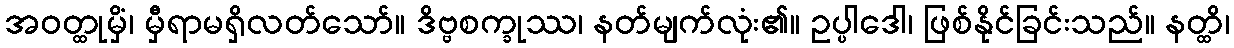
အဝတ္ထုမှိံ၊ မှီရာမရှိလတ်သော်။ ဒိဗ္ဗစက္ခုဿ၊ နတ်မျက်လုံး၏။ ဥပ္ပါဒေါ၊ ဖြစ်နိုင်ခြင်းသည်။ နတ္ထိ၊